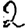
Digit: 2